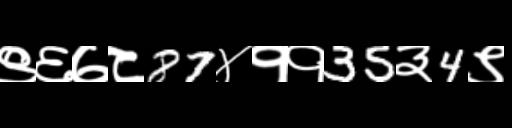
Text: ९६७८87४११35३4९